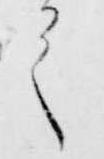
之